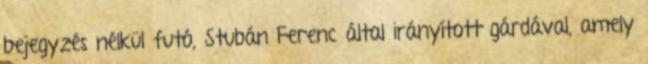
bejegyzés nélkül futó, Stubán Ferenc által irányított gárdával, amely